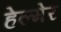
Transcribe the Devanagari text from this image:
हेल्मेर